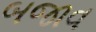
બજાવ